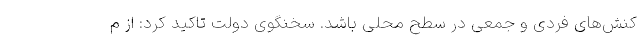
کنش‌های فردی و جمعی در سطح محلی باشد. سخنگوی دولت تاکید کرد: از م